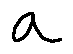
a